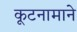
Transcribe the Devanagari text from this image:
कूटनामाने